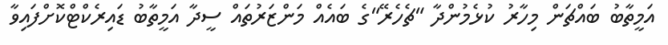
އަމީތާބު ބައްޗަން މިހާރު ކުޅެމުންދާ "ޗެހެރޭ"ގެ ބައެއް މަންޒަރުތައް ސީދާ އަމީތާބު ޑައިރެކްޓްކޮށްފައިވާ